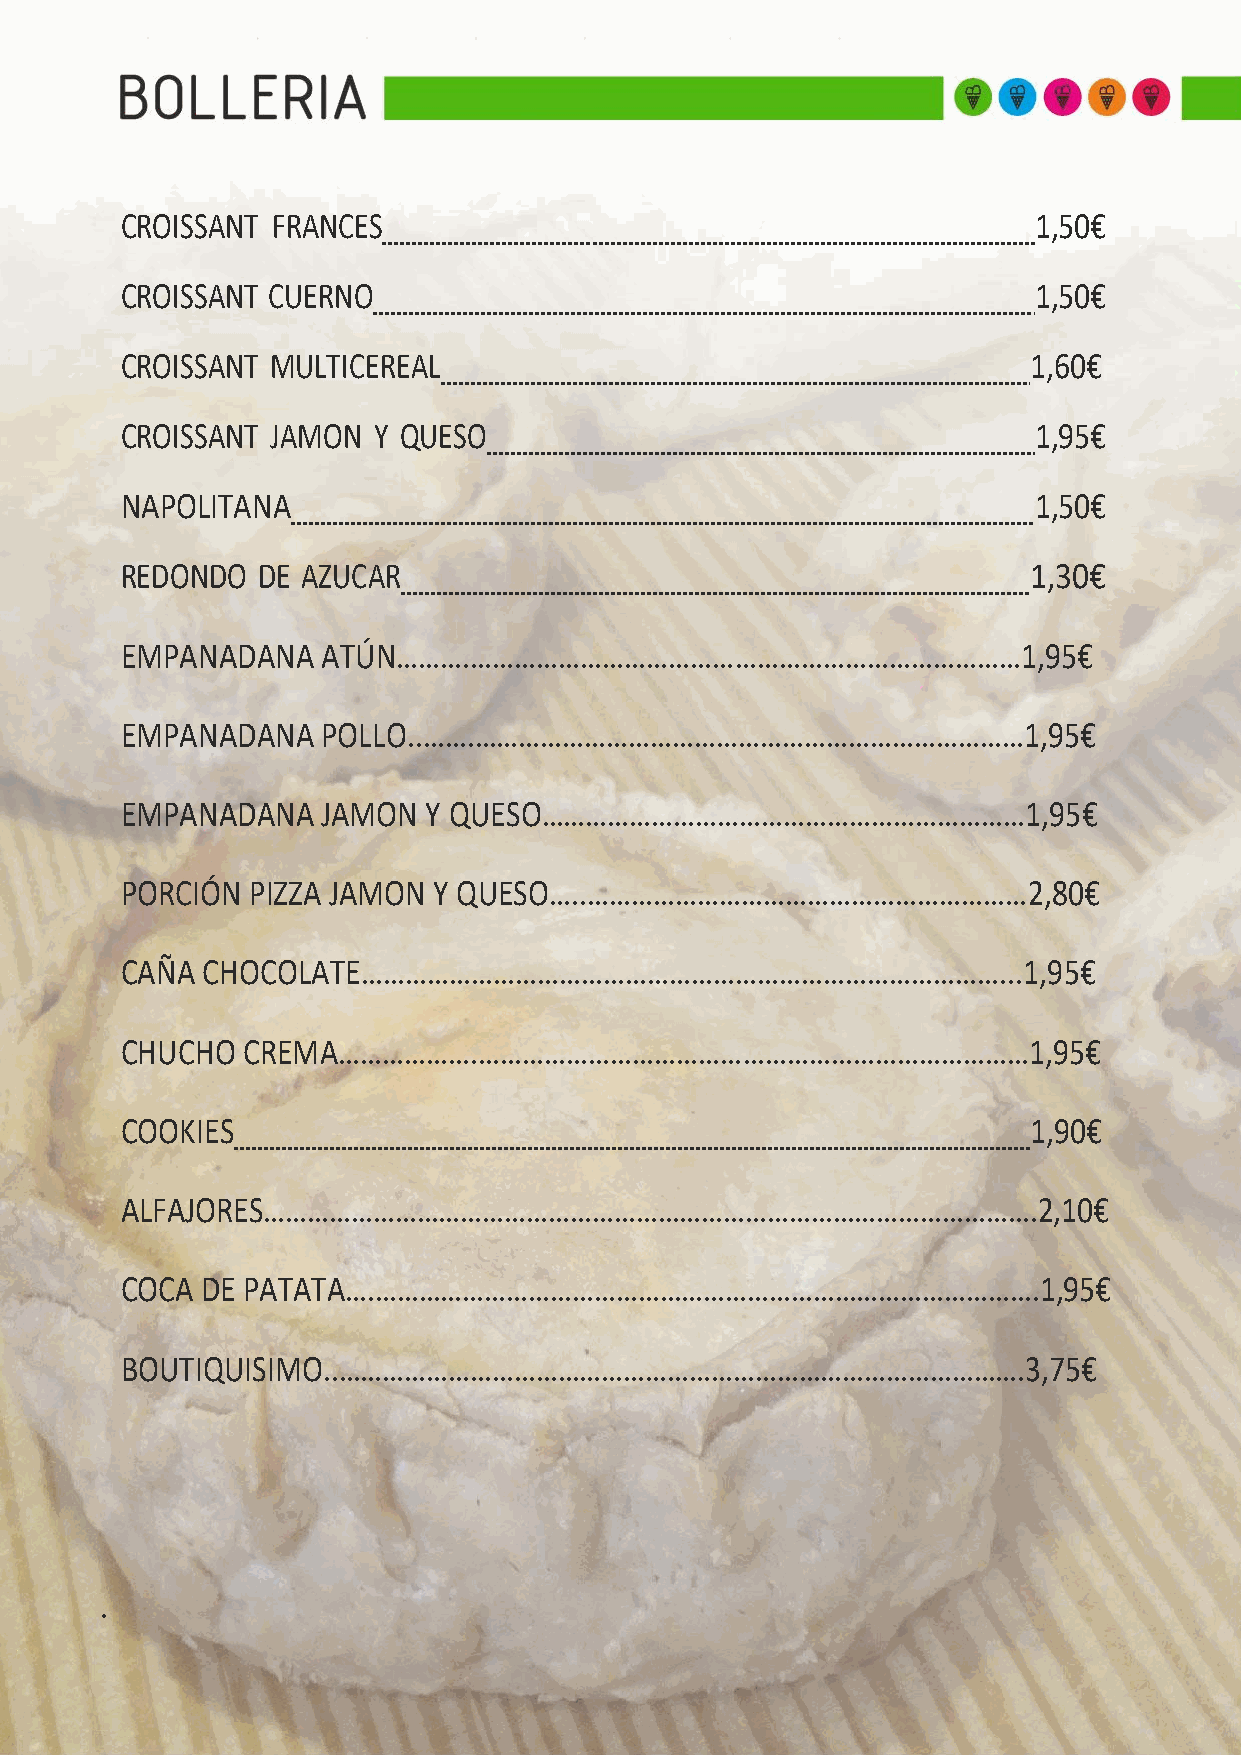
CROISSANT FRANCES                                           1,50€
 CROISSANT CUERNO                                            1,50€
 CROISSANT MULTICEREAL                                       1,60€
 CROISSANT JAMON  Y QUESO                                    1,95€
 NAPOLITANA                                                  1,50€
 REDONDO  DE AZUCAR                                          1,30€
 EMPANADANA   ATÚN……….…………………………………………………………………1,95€
 EMPANADANA   POLLO..…….…………………………………………………………………1,95€
 EMPANADANA   JAMON  Y QUESO…………………………………………………………1,95€
 PORCIÓN PIZZA JAMON  Y QUESO…..……………………………………………………2,80€
 CAÑA CHOCOLATE……………………………………………………………………………...1,95€
 CHUCHO  CREMA……………….…………………………………………………………………1,95€
 COOKIES                                                     1,90€
 ALFAJORES…………………………………………………………………………………………….2,10€
 COCA DE PATATA….……………………………………………………………………………….1,95€
 BOUTIQUISIMO..………………………………………………………………………………….3,75€
 ..........................